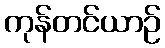
ကုန်တင်ယာဉ်